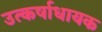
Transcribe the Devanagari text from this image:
उत्कर्षाधायक